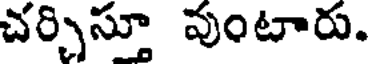
చర్చిస్తూ వుంటారు.